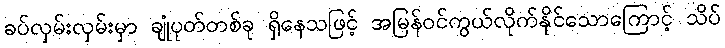
ခပ်လှမ်းလှမ်းမှာ ချုံပုတ်တစ်ခု ရှိနေသဖြင့် အမြန်ဝင်ကွယ်လိုက်နိုင်သောကြောင့် သိပ်